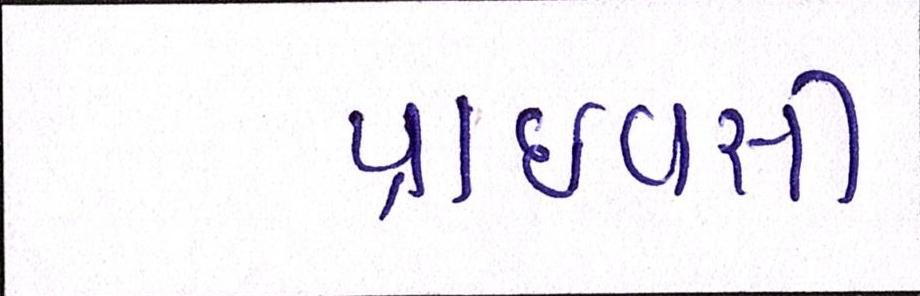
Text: પ્રાઈવસી